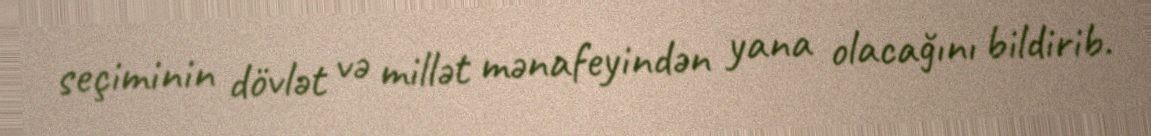
seçiminin dövlət və millət mənafeyindən yana olacağını bildirib.